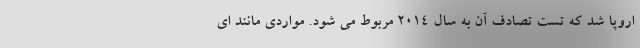
اروپا شد که تست تصادف آن به سال 2014 مربوط می شود. مواردی مانند ای